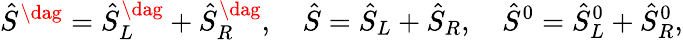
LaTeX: \hat{S}^{\dag}=\hat{S}_{L}^{\dag}+\hat{S}_{R}^{\dag},\quad\hat{S}=\hat{S}_{L}+\hat{S}_{R},\quad\hat{S}^{0}=\hat{S}_{L}^{0}+\hat{S}_{R}^{0},